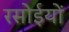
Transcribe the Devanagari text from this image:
रसोईयों